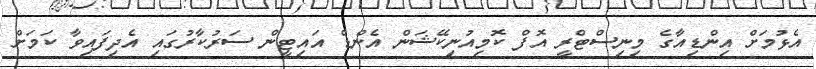
އެޅުމަށް އިންޑިއާގެ މިނިސްޓްރީ އޮފް ކޮމިއުނިކޭޝަން އެންޑް އައިޓީން ސަރުކާރުގައި އެދިފައިވާ ކަމަށް